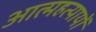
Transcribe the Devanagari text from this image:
आत्महत्यायों